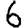
Digit: 6